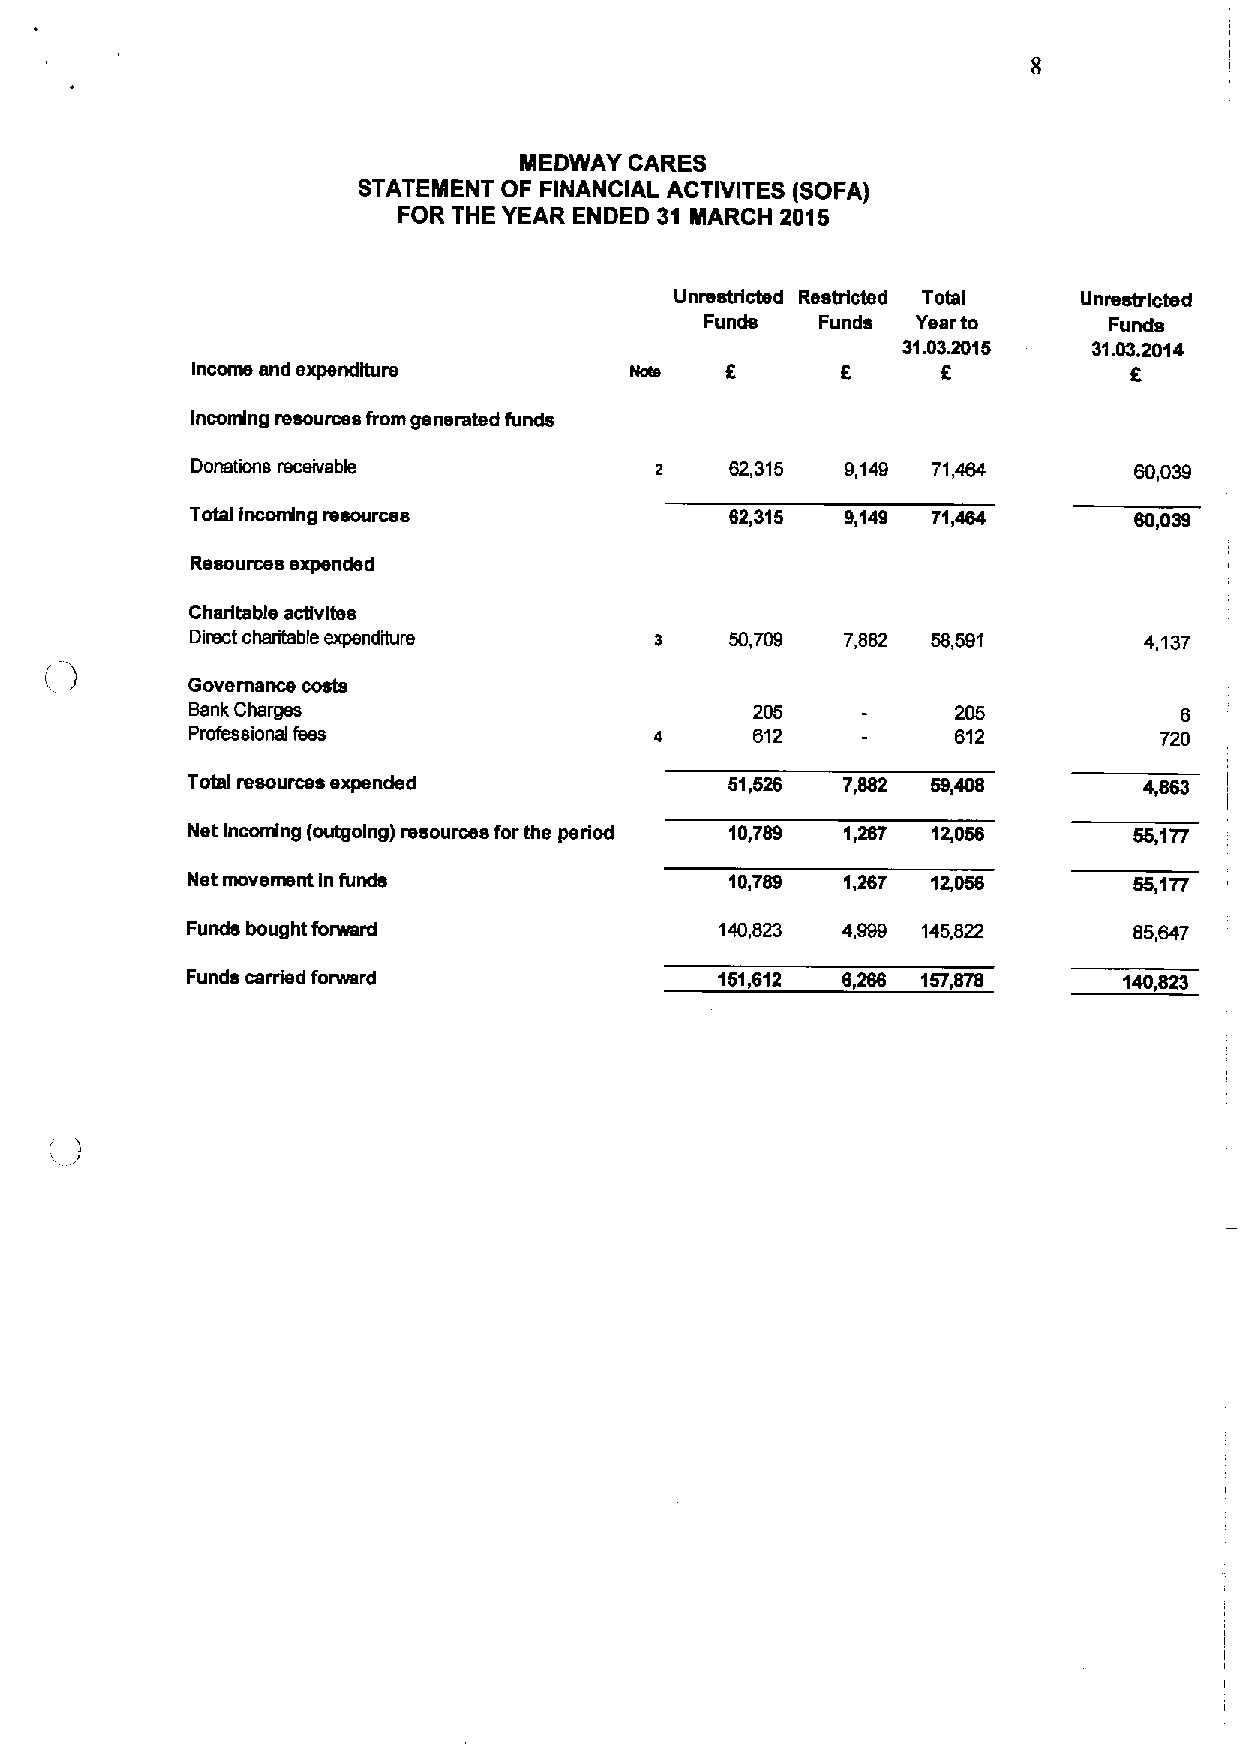
MEDWAY  CARES
 STATEMENT OF FINANCIAL ACTIVITES (SOFA)
 FOR THE YEAR ENDED 31 MARCH 2016
 Unrestricted Restricted Total Unrestricted
 Funds  Funds  Yearto      Funds
 31.03.2015  31.032014
 Income and expenditure             8       8     8
 Incoming resources from generated funds
 Donations receivable               82,315  9,149 71,484       80,039
 Total Incordng resources           62,315  9,149 71,464       60,039
 Resources expended
 Charitable acBvltes
 Direct charitable expenditure s    50,709  7,882 58,591        4,137
 Governance costs
 Bank Charges                         205    -     205            6
 Professional fees             4      B12    -     812           720
 Total resources expended            61,526  7,882 59r$8         4,863
 Net Incoming (oulgolng) resources forthe period 10,789 1,267 12,056
 Net movement In funds               10,789  1,267 12,056       55,177
 Funda bought forward                140,823 4,999 145,822      85,647
 Funds carrhrd forward               151,612 8,266 167,878